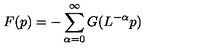
F ( p ) = - \sum _ { \alpha = 0 } ^ { \infty } G ( L ^ { - \alpha } p )